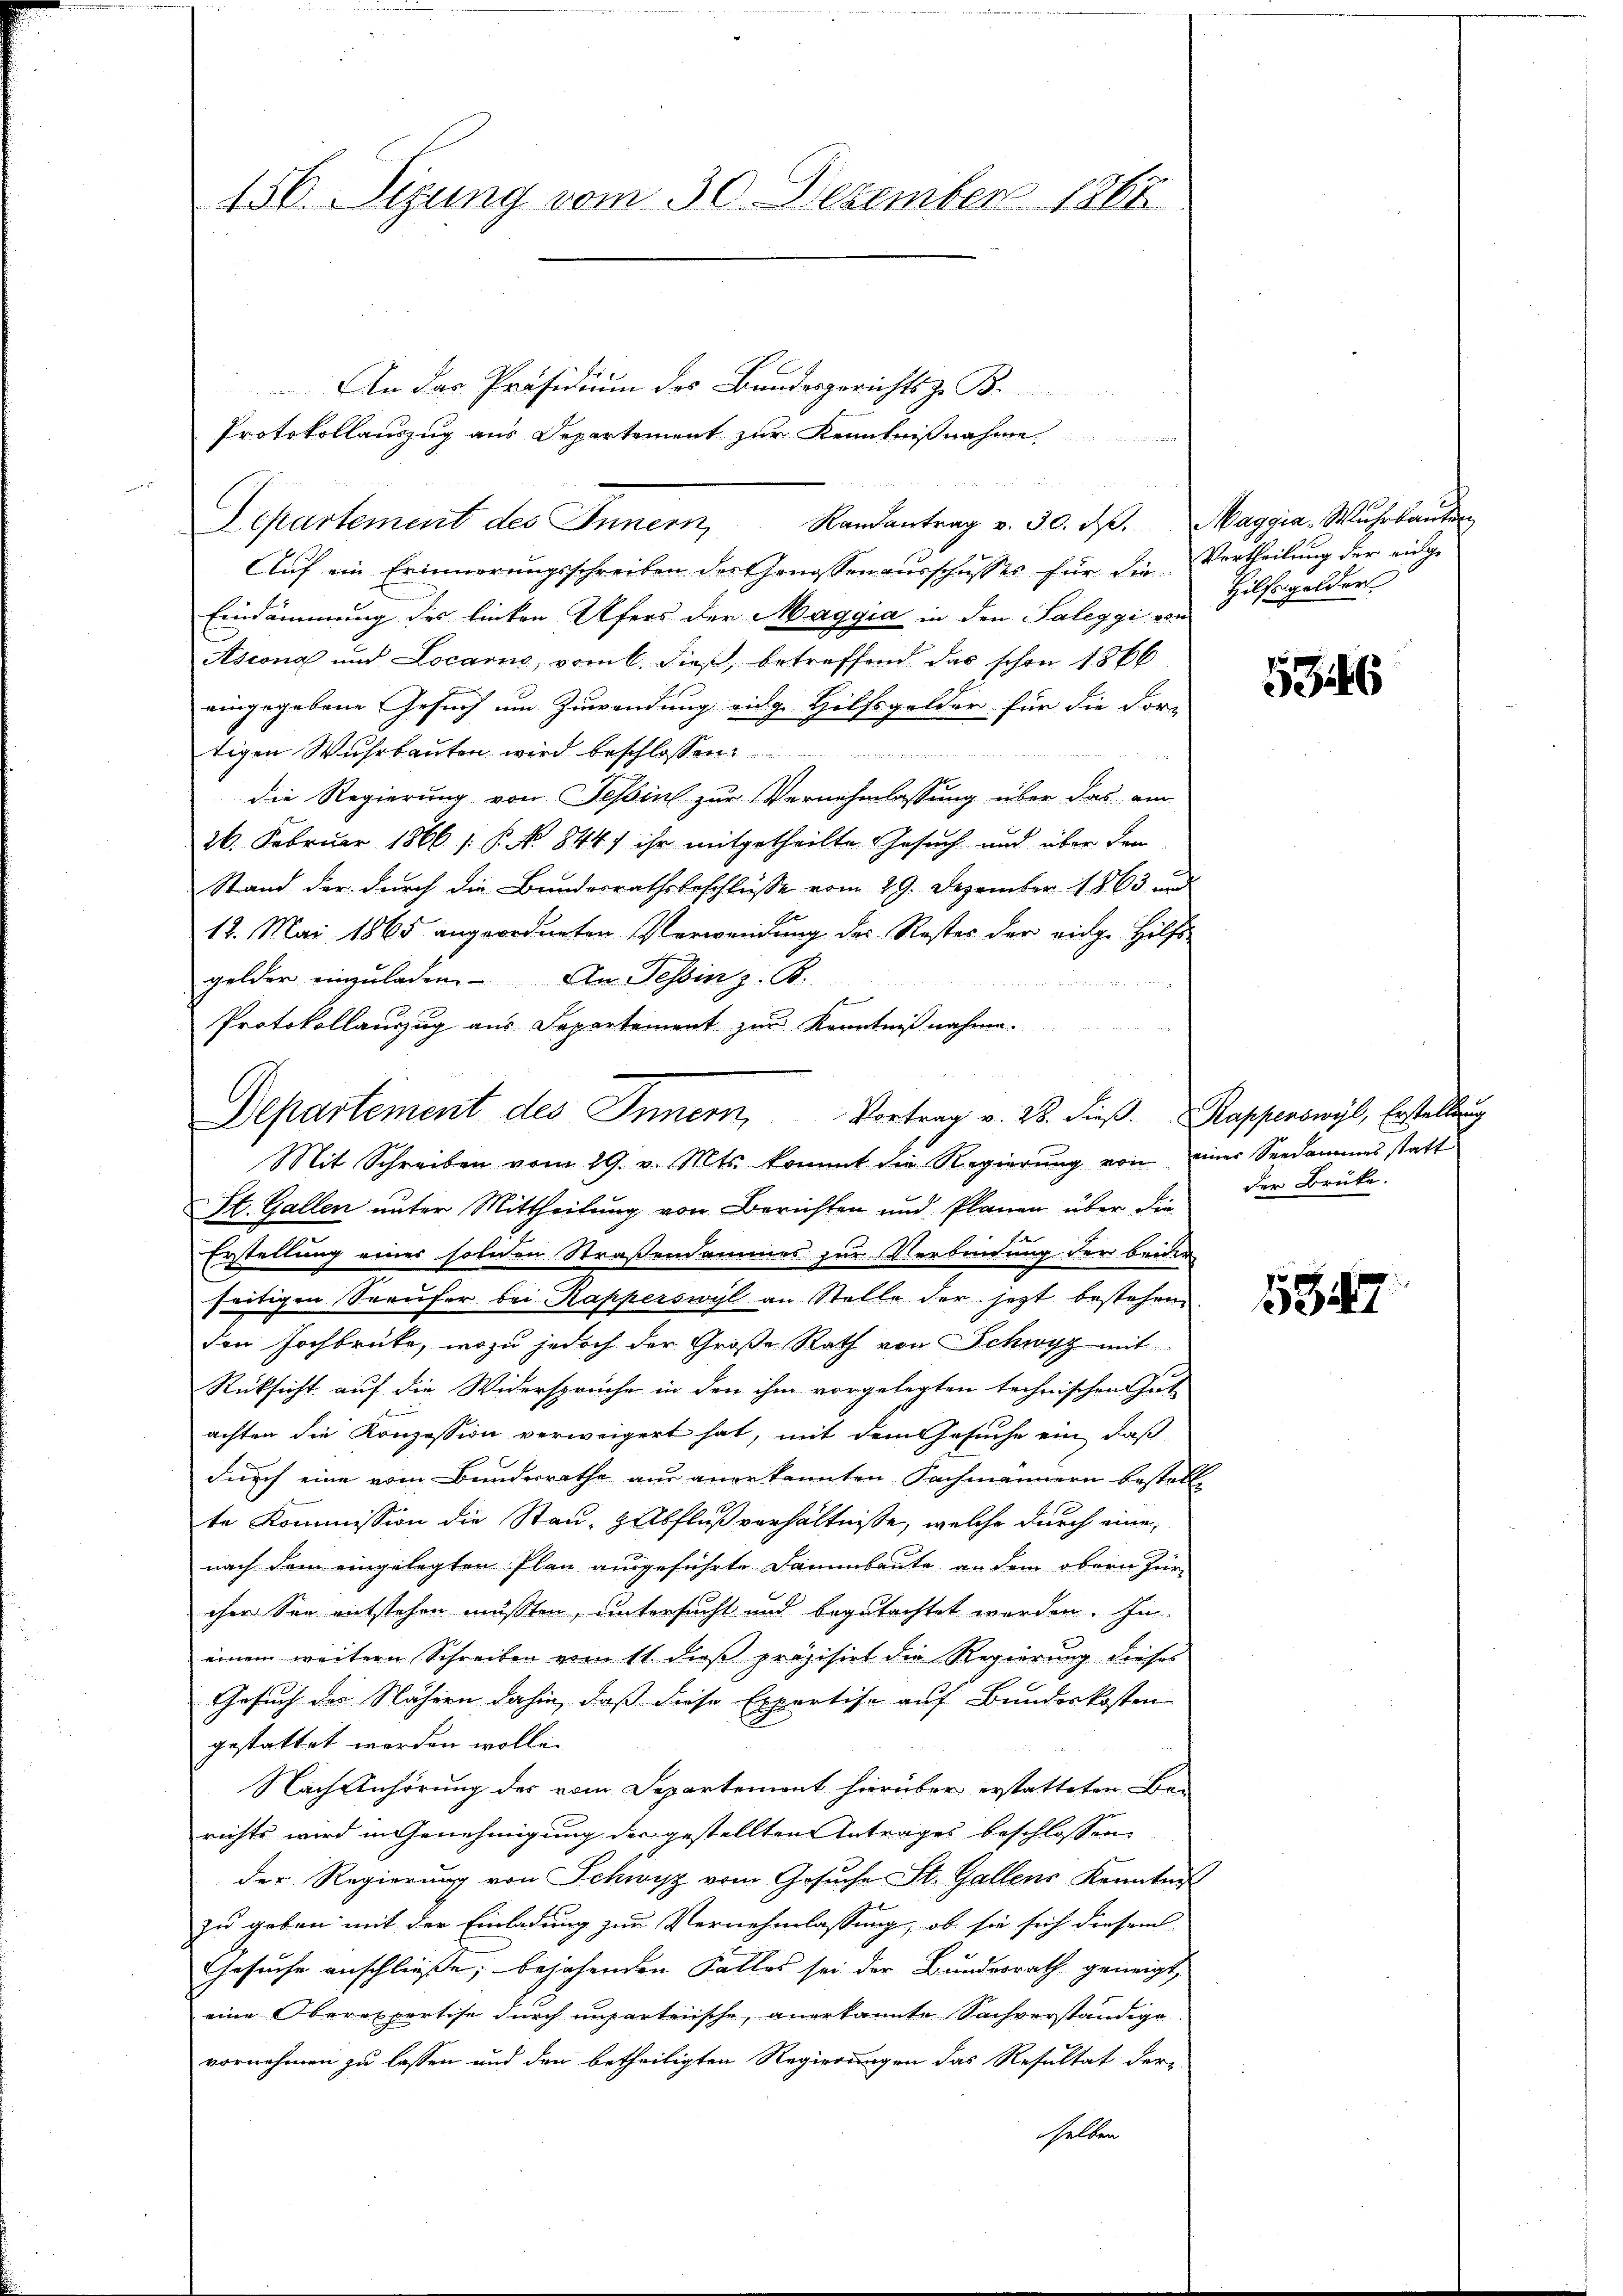
156. Sizung vom 30. Dezember 1867

Aŭf ein Erinnerungsschreiben des Genossen aŭsschusses für die Vertheilung der einge
Eindämmung des linken Ufers der Maggia in den Saleggi von
Ascona und Locarno, vom 6. dieß, betreffend das schon 1866
eingegebene Gesuch um Zuwendung eidge Hilfsgelder für die dor-
tigen Wuhrbauten wird beschlossen
die Regierung von Teßin zur Vernehmlassung über das am
26. Februar 1866 /: P. Nr. 844.) ihr mitgetheilte Gesuch und über den
Stand der durch die Bundesrathsbeschlüsse vom 29. Dezember 1863 und
12. Mai 1865 angeordneten Verwendung des Restes der eidge Hilfs-
gelder einzŭladen. An Tessin z. B.

70
Protokollauszug aus Separtement zur Kenntnißnahme.
Mit Schreiben vom 29. v. Mts. kommt die Regierung von einer Seedammas statt
St. Gallen unter Mittheilung von Berichten und Plänen über die
Erstellung einer soliden Straßendammes zur Verbindung der beider
seitigen Seeufer bei Rapperswyl an Stelle der jetzt bestehen
den Hochbrüte, wozu jedoch der Große Rath von Schwyz mit
Rücksicht auf die Widersprüche in den ihm vorgelegten technischen Gut
achten die Konzession verweigert hat, mit dem Gesuche ein, daß
durch eine vom Bundesrathe aus anerkannten Sachmännern bestell
te Kommission die Stau-Halbfluß verhältnisse, welche durch eine
nach dem eingelegten Plan ausgeführte Dammbaute an dem obern Für-
cher See entstehen müssten, untersucht und begutachtet werden. In
einem weitern Schreiben vom 11. dieß präzisirt die Regierung dieses
Gesuch des Nähern dahin, daß diese Expertise auf Bundeskosten
gestattet worden wolle.
Nach Anhörung des vom Departemont hierüber erstatteten Be-
richts wird in Genehmigung der gestellten Antrages beschlossen,
der Regierung von Schwyz vom Gesuche St. Gallens Kenntnis
zu geben mit der Einladung zur Vernehmlassung, ob sie sich diesem
Gesuche anschließe, bejahenden Falles sei der Bundesrath geneigt,
eine Oberexpertise durch unparteiische, anerkannte Sachverständige
vornehmen zu lassen und den betheiligten Regierungen das Resultat der-
selben

An das Präsidium des Bundesgerichts zu B
Protokollauszug aus Departement zur Kenntnißnahme
e
Departement des Innern, Randantrag v. 30. d. Maggia, Wuhrkaŭ

Departement des Innern, Vortrag v. 28. dieβ. Rapperswyl, Erstellung

Hilfsgelder

5346

der Brüke.

pr 8
347